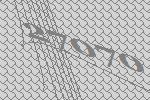
27070